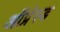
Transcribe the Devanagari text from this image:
ऑप्रेस्ड